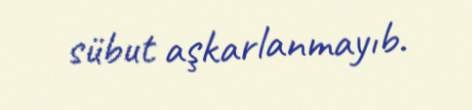
sübut aşkarlanmayıb.